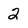
Character: 2